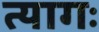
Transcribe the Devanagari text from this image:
त्यागः